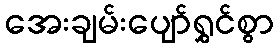
အေးချမ်းပျော်ရွှင်စွာ